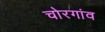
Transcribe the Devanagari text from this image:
चोरगांव